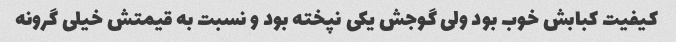
کیفیت کبابش خوب بود ولی گوجش یکی نپخته بود و نسبت به قیمتش خیلی گرونه